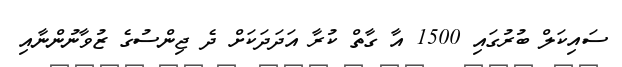
ސައިކަލް ބުރުގައި 1500 އާ ގާތް ކުރާ އަދަދަކަށް ދެ ޖިންސުގެ ޒުވާނުންނާއި